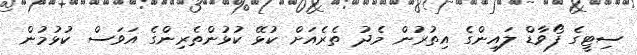
ސިޓީގެ ފޯވާޑް ލައިންގެ އިތުރުން މެދު ތެރެއަށް ކުޅޭ ކުޅުންތެރިންގެ އަވަސް ކުޅުމުން